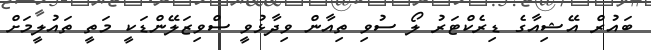
ބައުރް އޭޝިއާގެ ޑިރެކްޓަރު ލޯ ސުވި ތިއާން ވިދާޅުވީ ސްވިޒަލޭންޑަކީ މަތީ ތައުލީމަށް